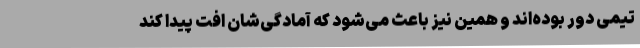
تیمی دور بوده‌اند و همین نیز باعث می‌شود که آمادگی‌شان افت پیدا کند